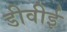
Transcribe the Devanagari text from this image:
डीवीई